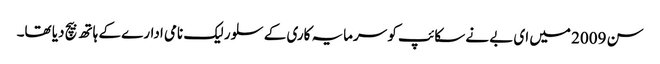
سن 2009 میں ای بے نے سکائپ کو سرمایہ کاری کے سلور لیک نامی ادارے کے ہاتھ بیچ دیا تھا۔